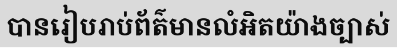
បានរៀបរាប់ព័ត៌មានលំអិតយ៉ាងច្បាស់